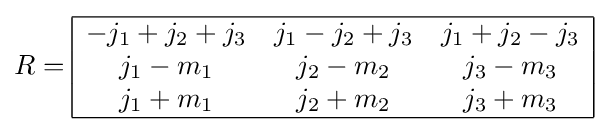
R={\begin{array}{|ccc|}\hline -j_{1}+j_{2}+j_{3}&j_{1}-j_{2}+j_{3}&j_{1}+j_{2}-j_{3}\\j_{1}-m_{1}&j_{2}-m_{2}&j_{3}-m_{3}\\j_{1}+m_{1}&j_{2}+m_{2}&j_{3}+m_{3}\\\hline \end{array}}